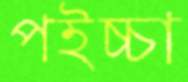
পইচ্চা